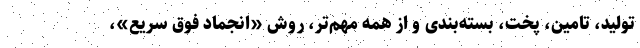
تولید، تامین، پخت، بسته‌بندی و از همه مهم‌تر، روش «انجماد فوق سریع»،